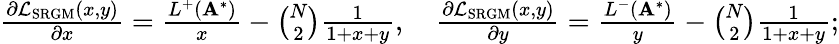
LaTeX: \begin{array}{r}{\frac{\partial\mathcal{L}_{\mathrm{SRGM}}(x,y)}{\partial x}=\frac{L^{+}(\mathbf{A}^{*})}{x}-\binom{N}{2}\frac{1}{1+x+y},\quad\frac{\partial\mathcal{L}_{\mathrm{SRGM}}(x,y)}{\partial y}=\frac{L^{-}(\mathbf{A}^{*})}{y}-\binom{N}{2}\frac{1}{1+x+y};}\end{array}